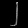
Digit: ၂